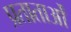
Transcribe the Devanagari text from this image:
प्रताताओं